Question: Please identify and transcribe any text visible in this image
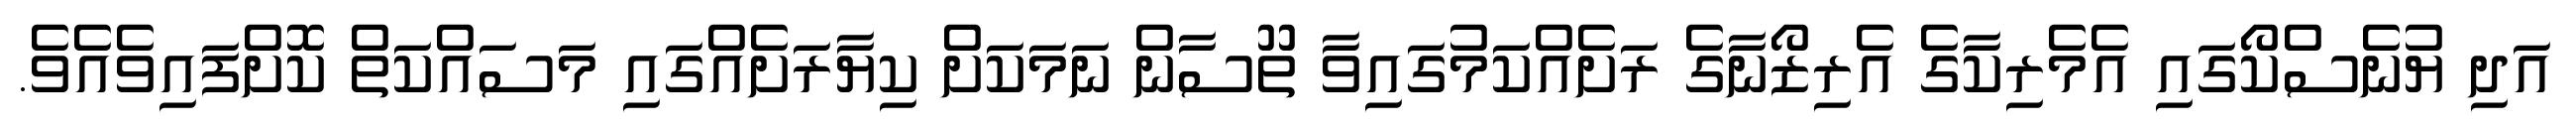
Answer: އަދި ޔުނެސްކޯގައި އެމެރިކާގެ އެރިޒޯނާގެ ރަށެއްކަމުގައިވާ ތޫސާން ނަމަކަށް ކިޔާރަށެއްގައި މަސައްކަތް ކޮށްފައިވެއެވެ.